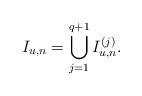
LaTeX: \begin{align*}I_{u,n} = \bigcup_{j=1}^{q+1}I_{u,n}^{(j)}. \end{align*}